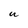
Character: U